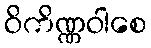
ဝိကိဏ္ဏဝါစေ